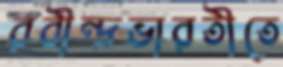
রবীন্দ্রভারতীতে